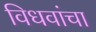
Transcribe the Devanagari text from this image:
विधवांचा